Madras plague regulations in force outside the Presidency town - Volume 6
Disease focus: Plague
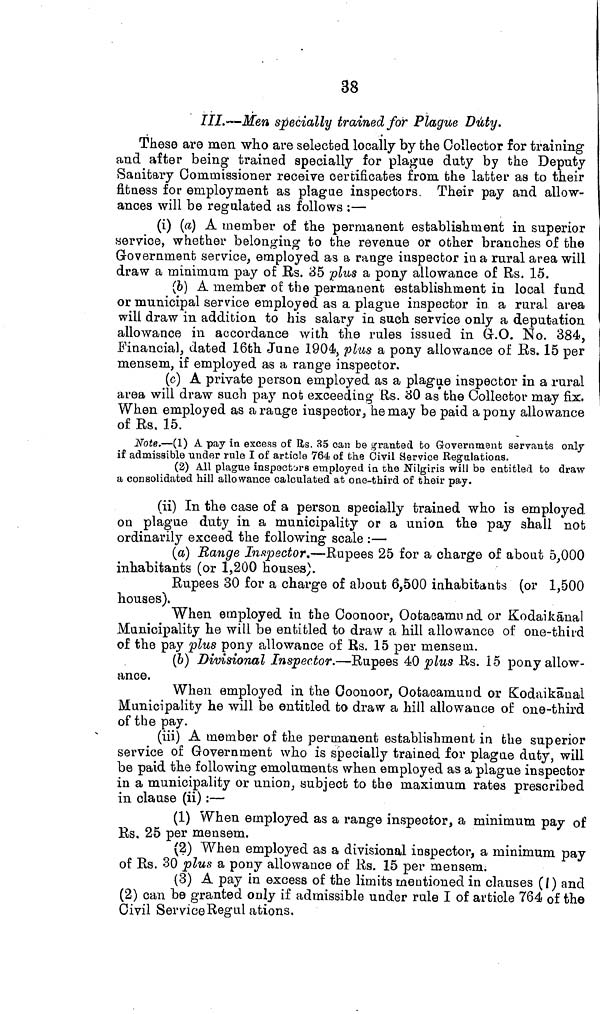
38
III.—Men specially trained for Plague Duty.
These are men who are selected locally by the Collector for training
and after being trained specially for plague duty by the Deputy
Sanitary Commissioner receive certificates from the latter as to their
fitness for employment as plague inspectors. Their pay and allow-
ances will be regulated as follows :—
(i) (a) A member of the permanent establishment in superior
service, whether belonging to the revenue or other branches of the
Government service, employed as & range inspector in a rural area will
draw a minimum pay of Rs. 35 plus a pony allowance of Rs. 15.
(6) A member of the permanent establishment in local fund
or municipal service employed as a plague inspector in a rural area
will draw in addition to his salary in such service only a deputation
allowance in accordance with the rules issued in G.O. No. 384,
Financial, dated 16th June 1904, plus a pony allowance of Rs. 15 per
mensem, if employed as a range inspector.
(c) A private person employed as a plague inspector in a rural
area will draw such pay not exceeding Rs. 30 as the Collector may fix.
When employed as a range inspector, he may be paid a pony allowance
of Rs. 15.
Note,—(1) A pay in excess of Rs. 35 can be granted to Government servants only
if admissible under rule I of article 764 of the Civil Service Regulations.
(2) All plague inspectors employed in the Nilgiris will be entitled to draw
a consolidated hill allowance calculated at one-third of their pay.
(ii) In the case of a person specially trained who is employed
on plague duty in a municipality or a union the pay shall not
ordinarily exceed the following scale :—
(a) Range Inspector.—Rupees 25 for a charge of about 5,000
inhabitants (or 1,200 houses).
Rupees 30 for a charge of about 6,500 inhabitants (or 1,500
houses).
When employed in the Coonoor, Ootacamund or Kodaikänal
Municipality he will be entitled to draw a hill allowance of one-third
of the pay plus pony allowance of Rs. 15 per mensem.
(b) Divisional Inspector.—Rupees 40 plus Rs. 15 pony allow-
ance.
When employed in the Coonoor, Ootaoamund or Kodaikaual
Municipality he will be entitled to draw a hill allowance of one-third
of the pay.
(iii) A member of the permanent establishment in the superior
service of Government who is specially trained for plague duty, will
be paid the following emoluments when employed as a plague inspector
in a municipality or union, subject to the maximum rates prescribed
in clause (ii) :—
(1) When employed as a range inspector, a minimum pay of
Rs. 25 per mensem.
(2) When employed as a divisional inspector, a minimum pay
of Rs. 30 plus a pony allowance of Rs. 15 per mensem.
(3) A pay in excess of the limits mentioned in clauses (1) and
(2) can be granted only if admissible under rule I of article 764 of the
Civil ServiceRegul ations.